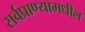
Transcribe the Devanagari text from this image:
सर्वप्राण्यामधील